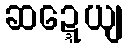
ဆဍ္ဍေယျ